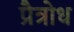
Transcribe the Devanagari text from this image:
प्रैत्रोध